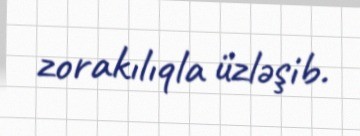
zorakılıqla üzləşib.